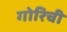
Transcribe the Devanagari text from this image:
गोरिची